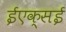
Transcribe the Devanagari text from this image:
ईएक्सई